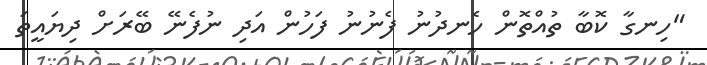
"ހިނގާ ކޮބާ ތުއްތޮން ހެނދުނު ފެނުނު ފަހުން އަދި ނުފެނޭ ބޭރަށް ދިޔައީތަ